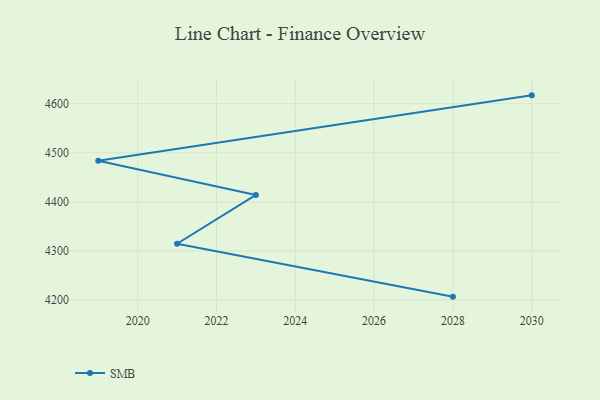
{"axis": {"x": "Year", "y": "Page Views"}, "legend": ["SMB"], "data": [{"x": "2028", "y": 4206.7, "type": "SMB"}, {"x": "2021", "y": 4314.6, "type": "SMB"}, {"x": "2023", "y": 4414.1, "type": "SMB"}, {"x": "2019", "y": 4483.9, "type": "SMB"}, {"x": "2030", "y": 4617.1, "type": "SMB"}]}